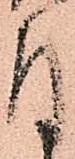
付